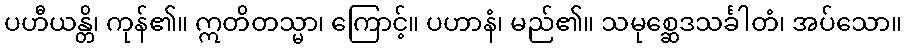
ပဟီယန္တိ၊ ကုန်၏။ ဣတိတသ္မာ၊ ကြောင့်။ ပဟာနံ၊ မည်၏။ သမုစ္ဆေဒသင်္ခါတံ၊ အပ်သော။